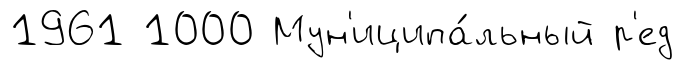
1961 1000 Мун'иципа́льный р'ед